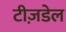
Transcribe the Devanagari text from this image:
टीज़डेल